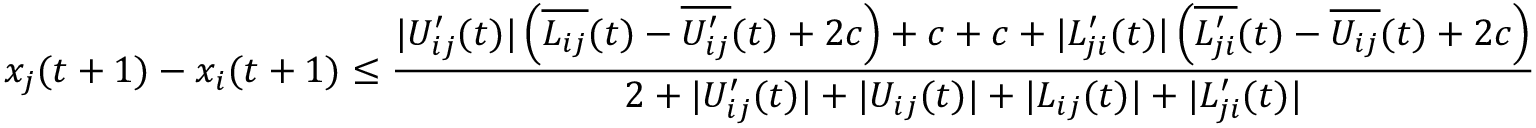
x _ { j } ( t + 1 ) - x _ { i } ( t + 1 ) \leq \frac { | U _ { i j } ^ { \prime } ( t ) | \left( \overline { { L _ { i j } } } ( t ) - \overline { { U _ { i j } ^ { \prime } } } ( t ) + 2 c \right) + c + c + | L _ { j i } ^ { \prime } ( t ) | \left( \overline { { L _ { j i } ^ { \prime } } } ( t ) - \overline { { U _ { i j } } } ( t ) + 2 c \right) } { 2 + | U _ { i j } ^ { \prime } ( t ) | + | U _ { i j } ( t ) | + | L _ { i j } ( t ) | + | L _ { j i } ^ { \prime } ( t ) | }